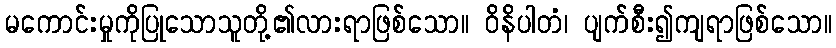
မကောင်းမှုကိုပြုသောသူတို့၏လားရာဖြစ်သော။ ဝိနိပါတံ၊ ပျက်စီး၍ကျရာဖြစ်သော။